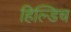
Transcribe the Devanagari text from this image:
हिल्डिच